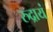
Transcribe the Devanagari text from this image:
रुद्रायं